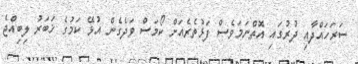
ސަރަހައްދާއި ދުރުގައި އޮތްނަމަވެސް ފަޅުތެރެއަށް ކޯމަސް ވަދެގެން އުޅޭ ކަމުގެ ޚަބަރު ލިބިއްޖެ